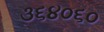
૩૬૪૦૬૦